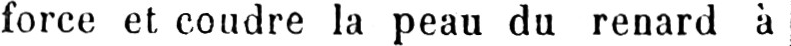
force et coudre la peau du renard à